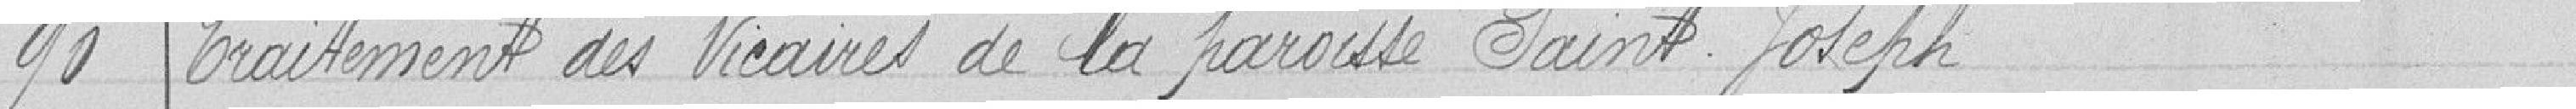
90 Traitement des vicaires de la paroisse Saint-Joseph